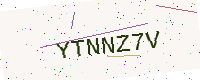
Text: YTNNZ7V